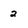
Character: 2